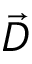
\vec { D }